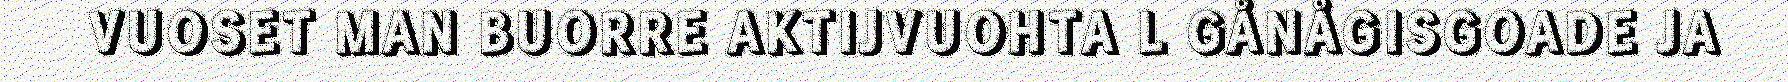
VUOSET MAN BUORRE AKTIJVUOHTA L GÅNÅGISGOADE JA